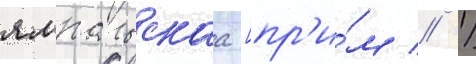
ямпольскаа [пр'и́м // 1